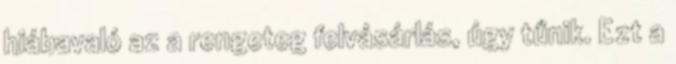
hiábavaló az a rengeteg felvásárlás, úgy tűnik. Ezt a